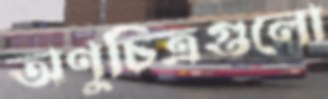
অণুচিত্রগুলো